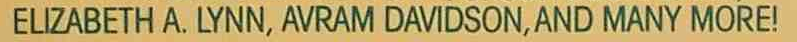
ELIZABETH A. LYNN, AVRAM DAVIDSON,AND MANY MORE!